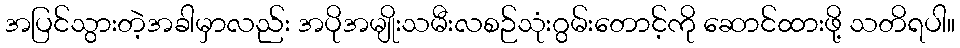
အပြင်သွားတဲ့အခါမှာလည်း အပိုအမျိုးသမီးလစဉ်သုံးဂွမ်းတောင့်ကို ဆောင်ထားဖို့ သတိရပါ။